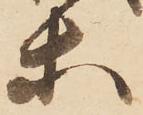
等